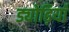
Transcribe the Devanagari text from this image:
ड्योढ़ियाँ